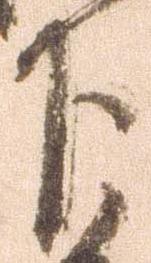
下